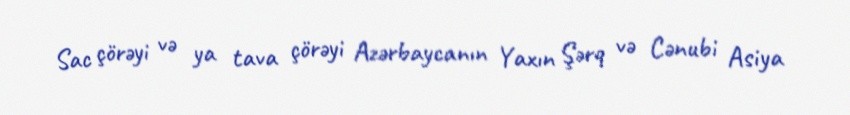
Sac çörəyi və ya tava çörəyi Azərbaycanın Yaxın Şərq və Cənubi Asiya